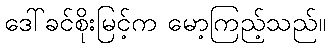
ဒေါ်ခင်စိုးမြင့်က မော့ကြည့်သည်။